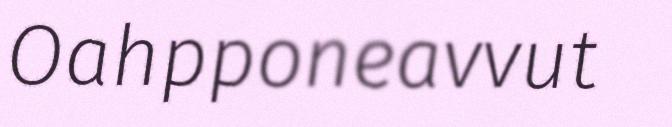
Oahpponeavvut